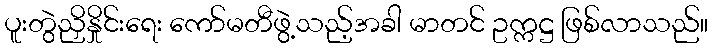
ပူးတွဲညှိနှိုင်းရေး ကော်မတီဖွဲ့သည့်အခါ မာတင် ဥက္ကဋ္ဌ ဖြစ်လာသည်။